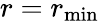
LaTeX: r=r_{\operatorname*{min}}